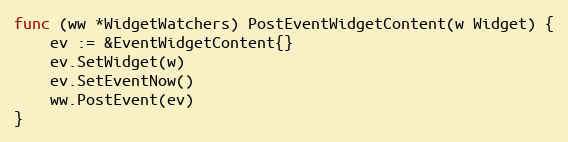
Language: Go
func (ww *WidgetWatchers) PostEventWidgetContent(w Widget) {
	ev := &EventWidgetContent{}
	ev.SetWidget(w)
	ev.SetEventNow()
	ww.PostEvent(ev)
}